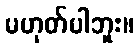
မဟုတ်ပါဘူး။